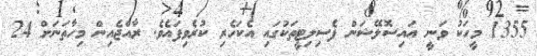
1355 މީހަކު ވަނީ އައިސޮލޭޝަން ފެސިލިޓީތަކުގައި އެކަހެރި ކުރެވިފައެވެ. ރާއްޖެއިން މިހާތަނަށް 24